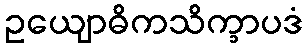
ဥယျောဓိကသိက္ခာပဒံ